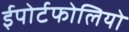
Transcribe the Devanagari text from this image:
ईपोर्टफोलियो